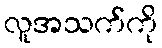
လူအသက်ကို